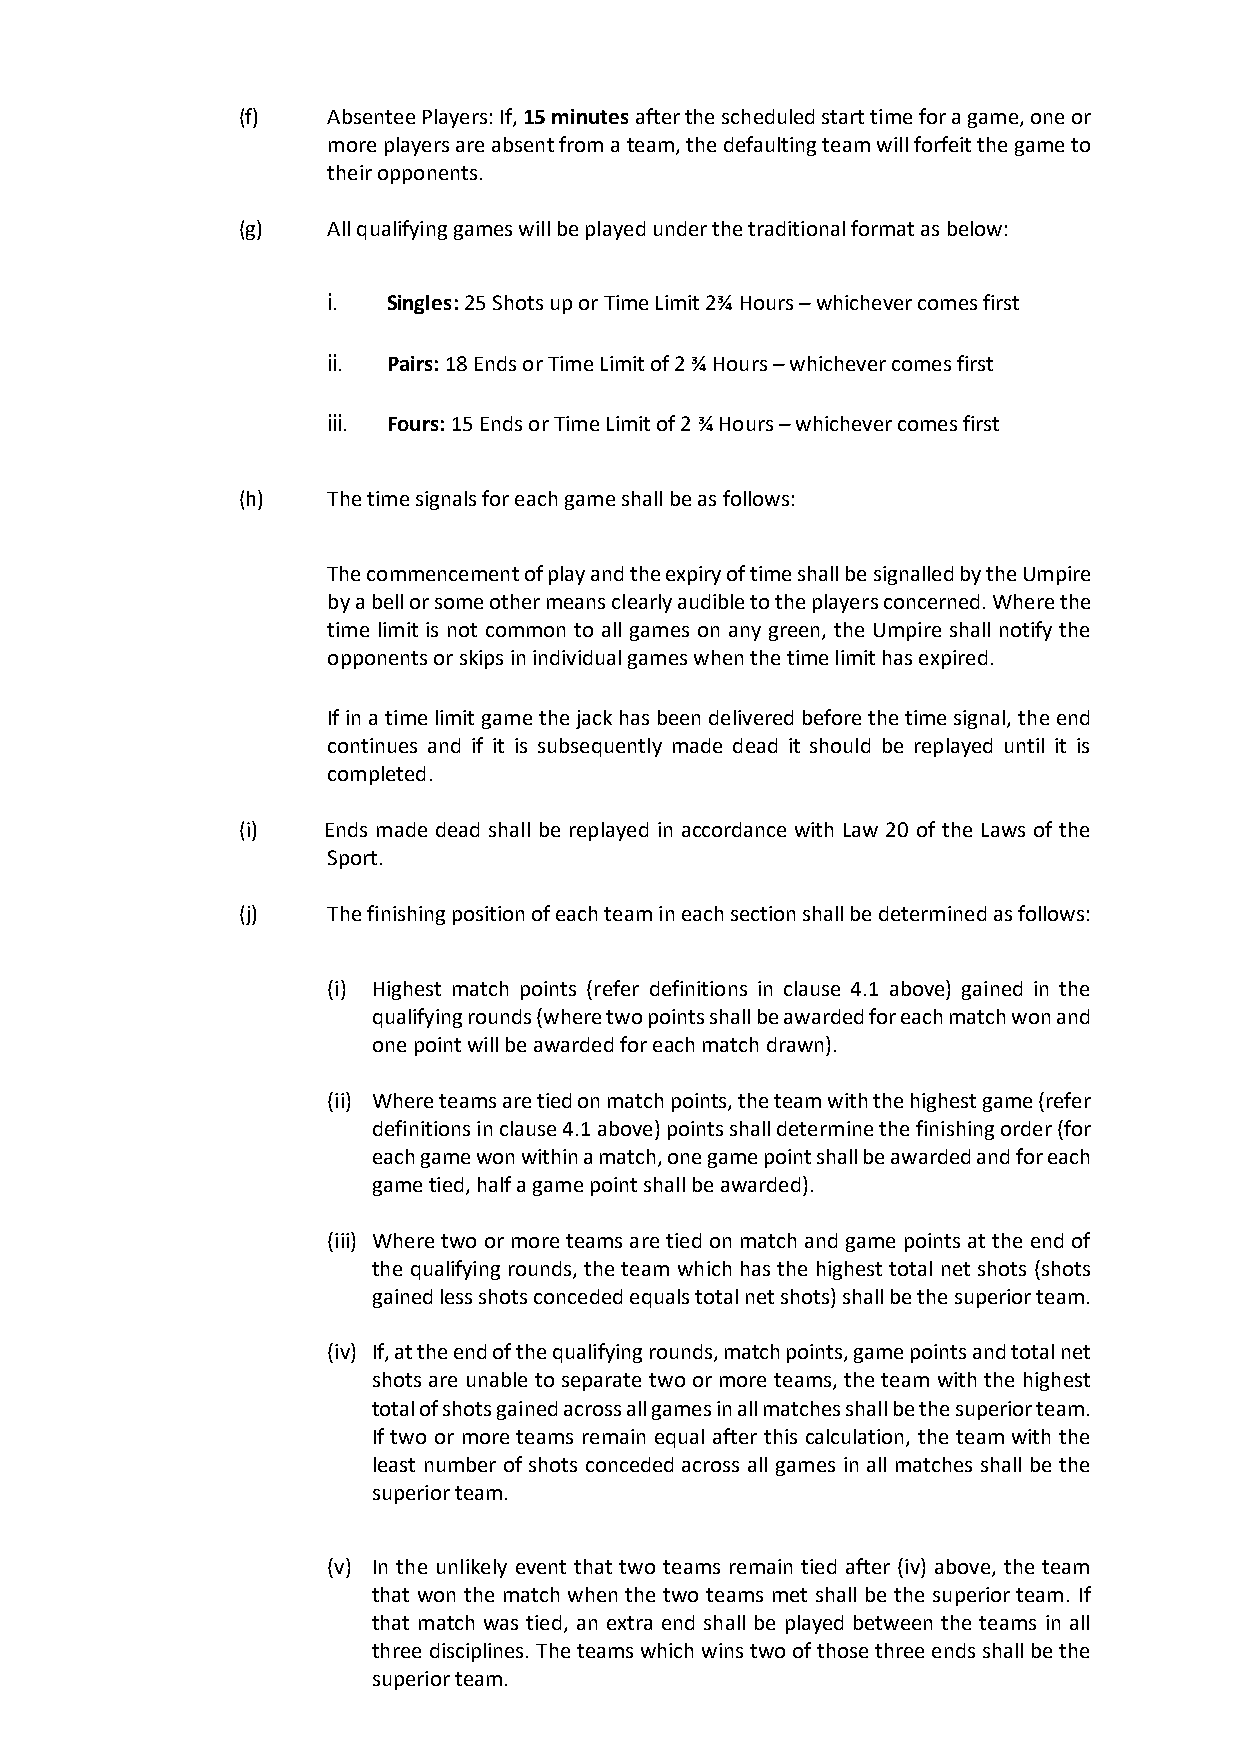
(f)   Absentee Players: If, 15 minutes after the scheduled start time for a game, one or
 more players are absent from a team, the defaulting team will forfeit the game to
 their opponents.
 (g)   All qualifying games will be played under the traditional format as below:
 i.  Singles: 25 Shots up or Time Limit 2¾ Hours – whichever comes first
 ii. Pairs: 18 Ends or Time Limit of 2 ¾ Hours – whichever comes first
 iii. Fours: 15 Ends or Time Limit of 2 ¾ Hours – whichever comes first
 (h)   The time signals for each game shall be as follows:
 The commencement of play and the expiry of time shall be signalled by the Umpire
 by a bell or some other means clearly audible to the players concerned. Where the
 time limit is not common to all games on any green, the Umpire shall notify the
 opponents or skips in individual games when the time limit has expired.
 If in a time limit game the jack has been delivered before the time signal, the end
 continues and if it is subsequently made dead it should be replayed until it is
 completed.
 (i)  Ends made dead shall be replayed in accordance with Law 20 of the Laws of the
 Sport.
 (j)   The finishing position of each team in each section shall be determined as follows:
 (i) Highest match points (refer definitions in clause 4.1 above) gained in the
 qualifying rounds (where two points shall be awarded for each match won and
 one point will be awarded for each match drawn).
 (ii) Where teams are tied on match points, the team with the highest game (refer
 definitions in clause 4.1 above) points shall determine the finishing order (for
 each game won within a match, one game point shall be awarded and for each
 game tied, half a game point shall be awarded).
 (iii) Where two or more teams are tied on match and game points at the end of
 the qualifying rounds, the team which has the highest total net shots (shots
 gained less shots conceded equals total net shots) shall be the superior team.
 (iv) If, at the end of the qualifying rounds, match points, game points and total net
 shots are unable to separate two or more teams, the team with the highest
 total of shots gained across all games in all matches shall be the superior team.
 If two or more teams remain equal after this calculation, the team with the
 least number of shots conceded across all games in all matches shall be the
 superior team.
 (v) In the unlikely event that two teams remain tied after (iv) above, the team
 that won the match when the two teams met shall be the superior team. If
 that match was tied, an extra end shall be played between the teams in all
 three disciplines. The teams which wins two of those three ends shall be the
 superior team.